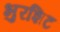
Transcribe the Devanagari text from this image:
भुरशिट